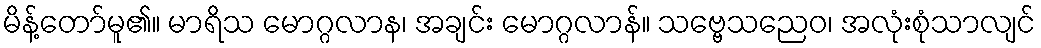
မိန့်တော်မူ၏။ မာရိသ မောဂ္ဂလာန၊ အချင်း မောဂ္ဂလာန်။ သဗ္ဗေသညေဝ၊ အလုံးစုံသာလျင်